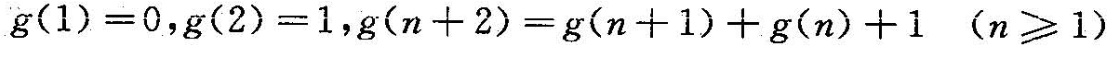
$$g(1)=0$$，$$g(2)=1$$，$$g(n+2)=g(n+1)+g(n)+1 (n≥1)$$